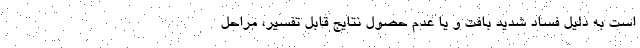
است به دلیل فساد شدید بافت و یا عدم حصول نتایج قابل تفسیر، مراحل